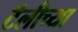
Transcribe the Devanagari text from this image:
टॅलीच्या